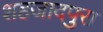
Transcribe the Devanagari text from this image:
शहजादपुरा